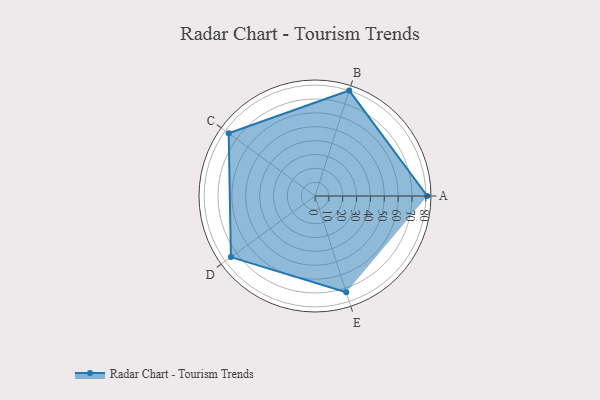
{"axis": {"x": "Skill", "y": "Score"}, "legend": ["Profile"], "data": [{"x": "A", "y": 81.0, "type": "Profile"}, {"x": "B", "y": 80.0, "type": "Profile"}, {"x": "C", "y": 77.0, "type": "Profile"}, {"x": "D", "y": 75.0, "type": "Profile"}, {"x": "E", "y": 73.0, "type": "Profile"}]}